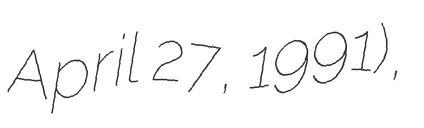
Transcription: April 27, 1991),